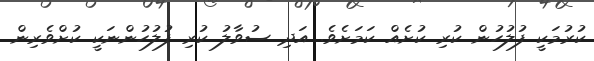
ކުރުމަކީ ފުލުހުން ކުރި ކުށެއް ކަމަށެވެ. އަދި ސުވާލު ކުރި ފުލުހުންނަކީ ކުށްވެރިން